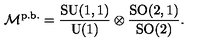
\mathcal { M } ^ { \mathrm { p . b . } } = \frac { \mathrm { S U } ( 1 , 1 ) } { \mathrm { U } ( 1 ) } \otimes \frac { \mathrm { S O } ( 2 , 1 ) } { \mathrm { S O } ( 2 ) } .